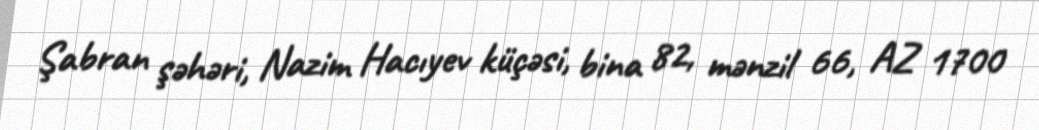
Şabran şəhəri, Nazim Hacıyev küçəsi, bina 82, mənzil 66, AZ 1700